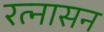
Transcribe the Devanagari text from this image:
रत्नासन